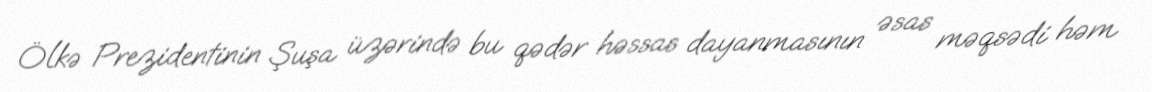
Ölkə Prezidentinin Şuşa üzərində bu qədər həssas dayanmasının əsas məqsədi həm